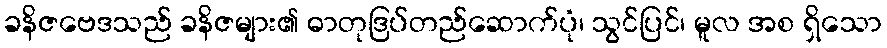
ခနိဇဗေဒသည် ခနိဇများ၏ ဓာတုဒြပ်တည်ဆောက်ပုံ၊ သွင်ပြင်၊ မူလ အစ ရှိသော